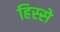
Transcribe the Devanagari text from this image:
हिस्‍स्‍ो